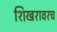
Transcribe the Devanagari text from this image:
शिखरावरच